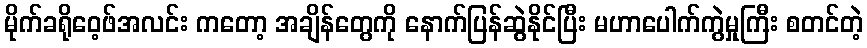
မိုက်ခရိုဝေ့ဖ်အလင်း ကတော့ အချိန်တွေကို နောက်ပြန်ဆွဲနိုင်ပြီး မဟာပေါက်ကွဲမှုကြီး စတင်တဲ့